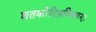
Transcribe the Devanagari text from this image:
शतकोटिप्रविस्तरम्‌।